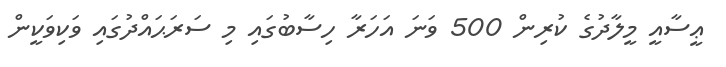
ޢީސާއީ މީލާދުގެ ކުރިން 500 ވަނަ އަހަރާ ހިސާބުގައި މި ސަރަޙައްދުގައި ވަކިވަކީން